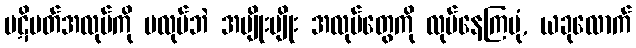
ပဋိပတ်အလုပ်ကို မလုပ်ဘဲ အမျိုးမျိုး အလုပ်တွေကို လုပ်နေကြပုံ, ယခုလောက်